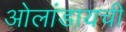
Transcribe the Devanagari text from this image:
ओलांडायची